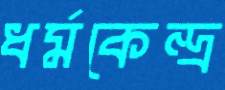
ধর্মকেন্দ্র